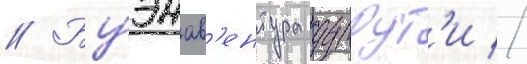
// Буэнав'ентура дуррут'и //